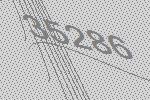
35286